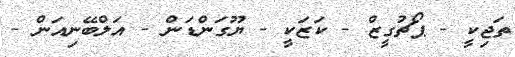
ތަޖިކީ - ޕޯޗުގީޒް - ކަޒަކީ - ޔޫގަންޑަން - އަލްބޭނިއަން -